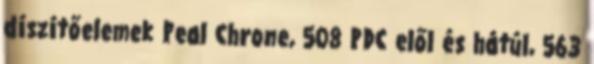
díszítőelemek Peal Chrone, 508 PDC elől és hátúl, 563